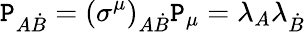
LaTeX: \mathtt{P}_{A\dot{{B}}}=\left(\sigma^{\mu}\right)_{A\dot{{B}}}\mathtt{P}_{\mu}=\lambda_{A}\lambda_{\dot{{B}}}